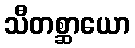
သီတစ္ဆာယော